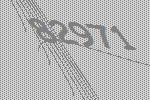
82971